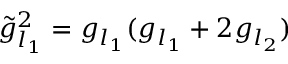
\tilde { g } _ { l _ { 1 } } ^ { 2 } = g _ { l _ { 1 } } ( g _ { l _ { 1 } } + 2 g _ { l _ { 2 } } )